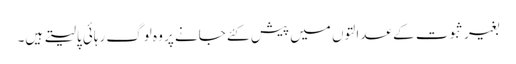
بغیر ثبوت کے عدالتوں میں پیش کئے جانے پر وہ لوگ رہائی پالیتے ہیں۔